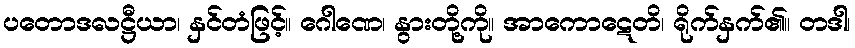
ပတောဒလဋ္ဌီယာ၊ နှင်တံဖြင့်။ ဂေါဏေ၊ နွားတို့ကို။ အာကောဋေတိ၊ ရိုက်နှက်၏။ တဒါ၊